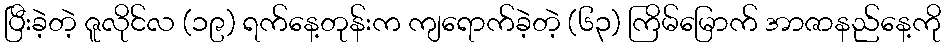
ပြီးခဲ့တဲ့ ဇူလိုင်လ (၁၉) ရက်နေ့တုန်းက ကျရောက်ခဲ့တဲ့ (၆၃) ကြိမ်မြောက် အာဇာနည်နေ့ကို